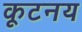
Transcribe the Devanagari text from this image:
कूटनय